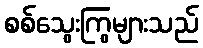
စစ်သွေးကြွများသည်